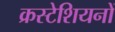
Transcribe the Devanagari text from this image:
क्रस्टेशियनों